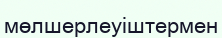
мөлшерлеуіштермен